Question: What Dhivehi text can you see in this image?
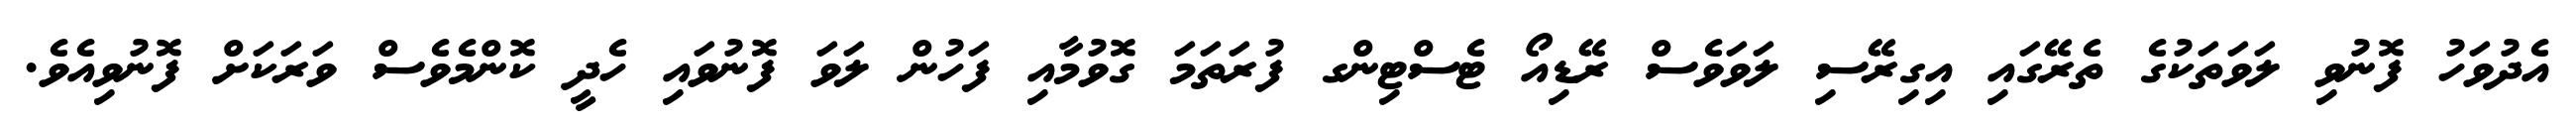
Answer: އެދުވަހު ފޮނުވި ލަވަތަކުގެ ތެރޭގައި އިގިރޭސި ލަވަވެސް ރޭޑިއޯ ޓެސްޓިންގ ފުރަތަމަ ގޮވުމާއި ފަހުން ލަވަ ފޮނުވައި ހެދީ ކޮންމެވެސް ވަރަކަށް ފޮނުވިއެވެ.